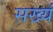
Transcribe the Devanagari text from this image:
सख्यं